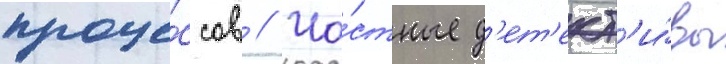
проце́ссов // Ча́стные д'ет'ект'и́вы